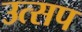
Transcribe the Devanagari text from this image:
उत्सप